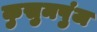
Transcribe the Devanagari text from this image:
कुसुमपुंज